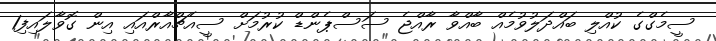
ސީމެގްގެ ކުއްލި ބައްދަލުވުމެއް ބާއްވާ ރާއްޖެ ސަސްޕެންޑް ކުރުމަށް ސީއެޗްއާރްއައި އިން ގޮވާލައިފި1